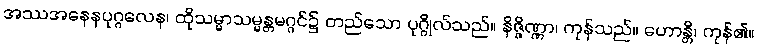
အဿအနေနပုဂ္ဂလေန၊ ထိုသမ္မာသမ္မန္တမဂ္ဂင်၌ တည်သော ပုဂ္ဂိုလ်သည်။ နိဇ္ဇိဏ္ဏာ၊ ကုန်သည်။ ဟောန္တိ၊ ကုန်၏။